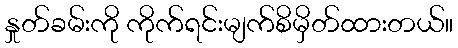
နှုတ်ခမ်းကို ကိုက်ရင်းမျက်စိမှိတ်ထားတယ်။